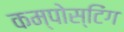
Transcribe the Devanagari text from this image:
कम्पोस्टिंग